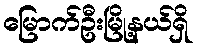
မြောက်ဦးမြို့နယ်ရှိ